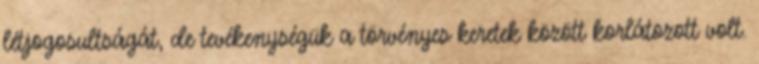
létjogosultságát, de tevékenységük a törvényes keretek között korlátozott volt.